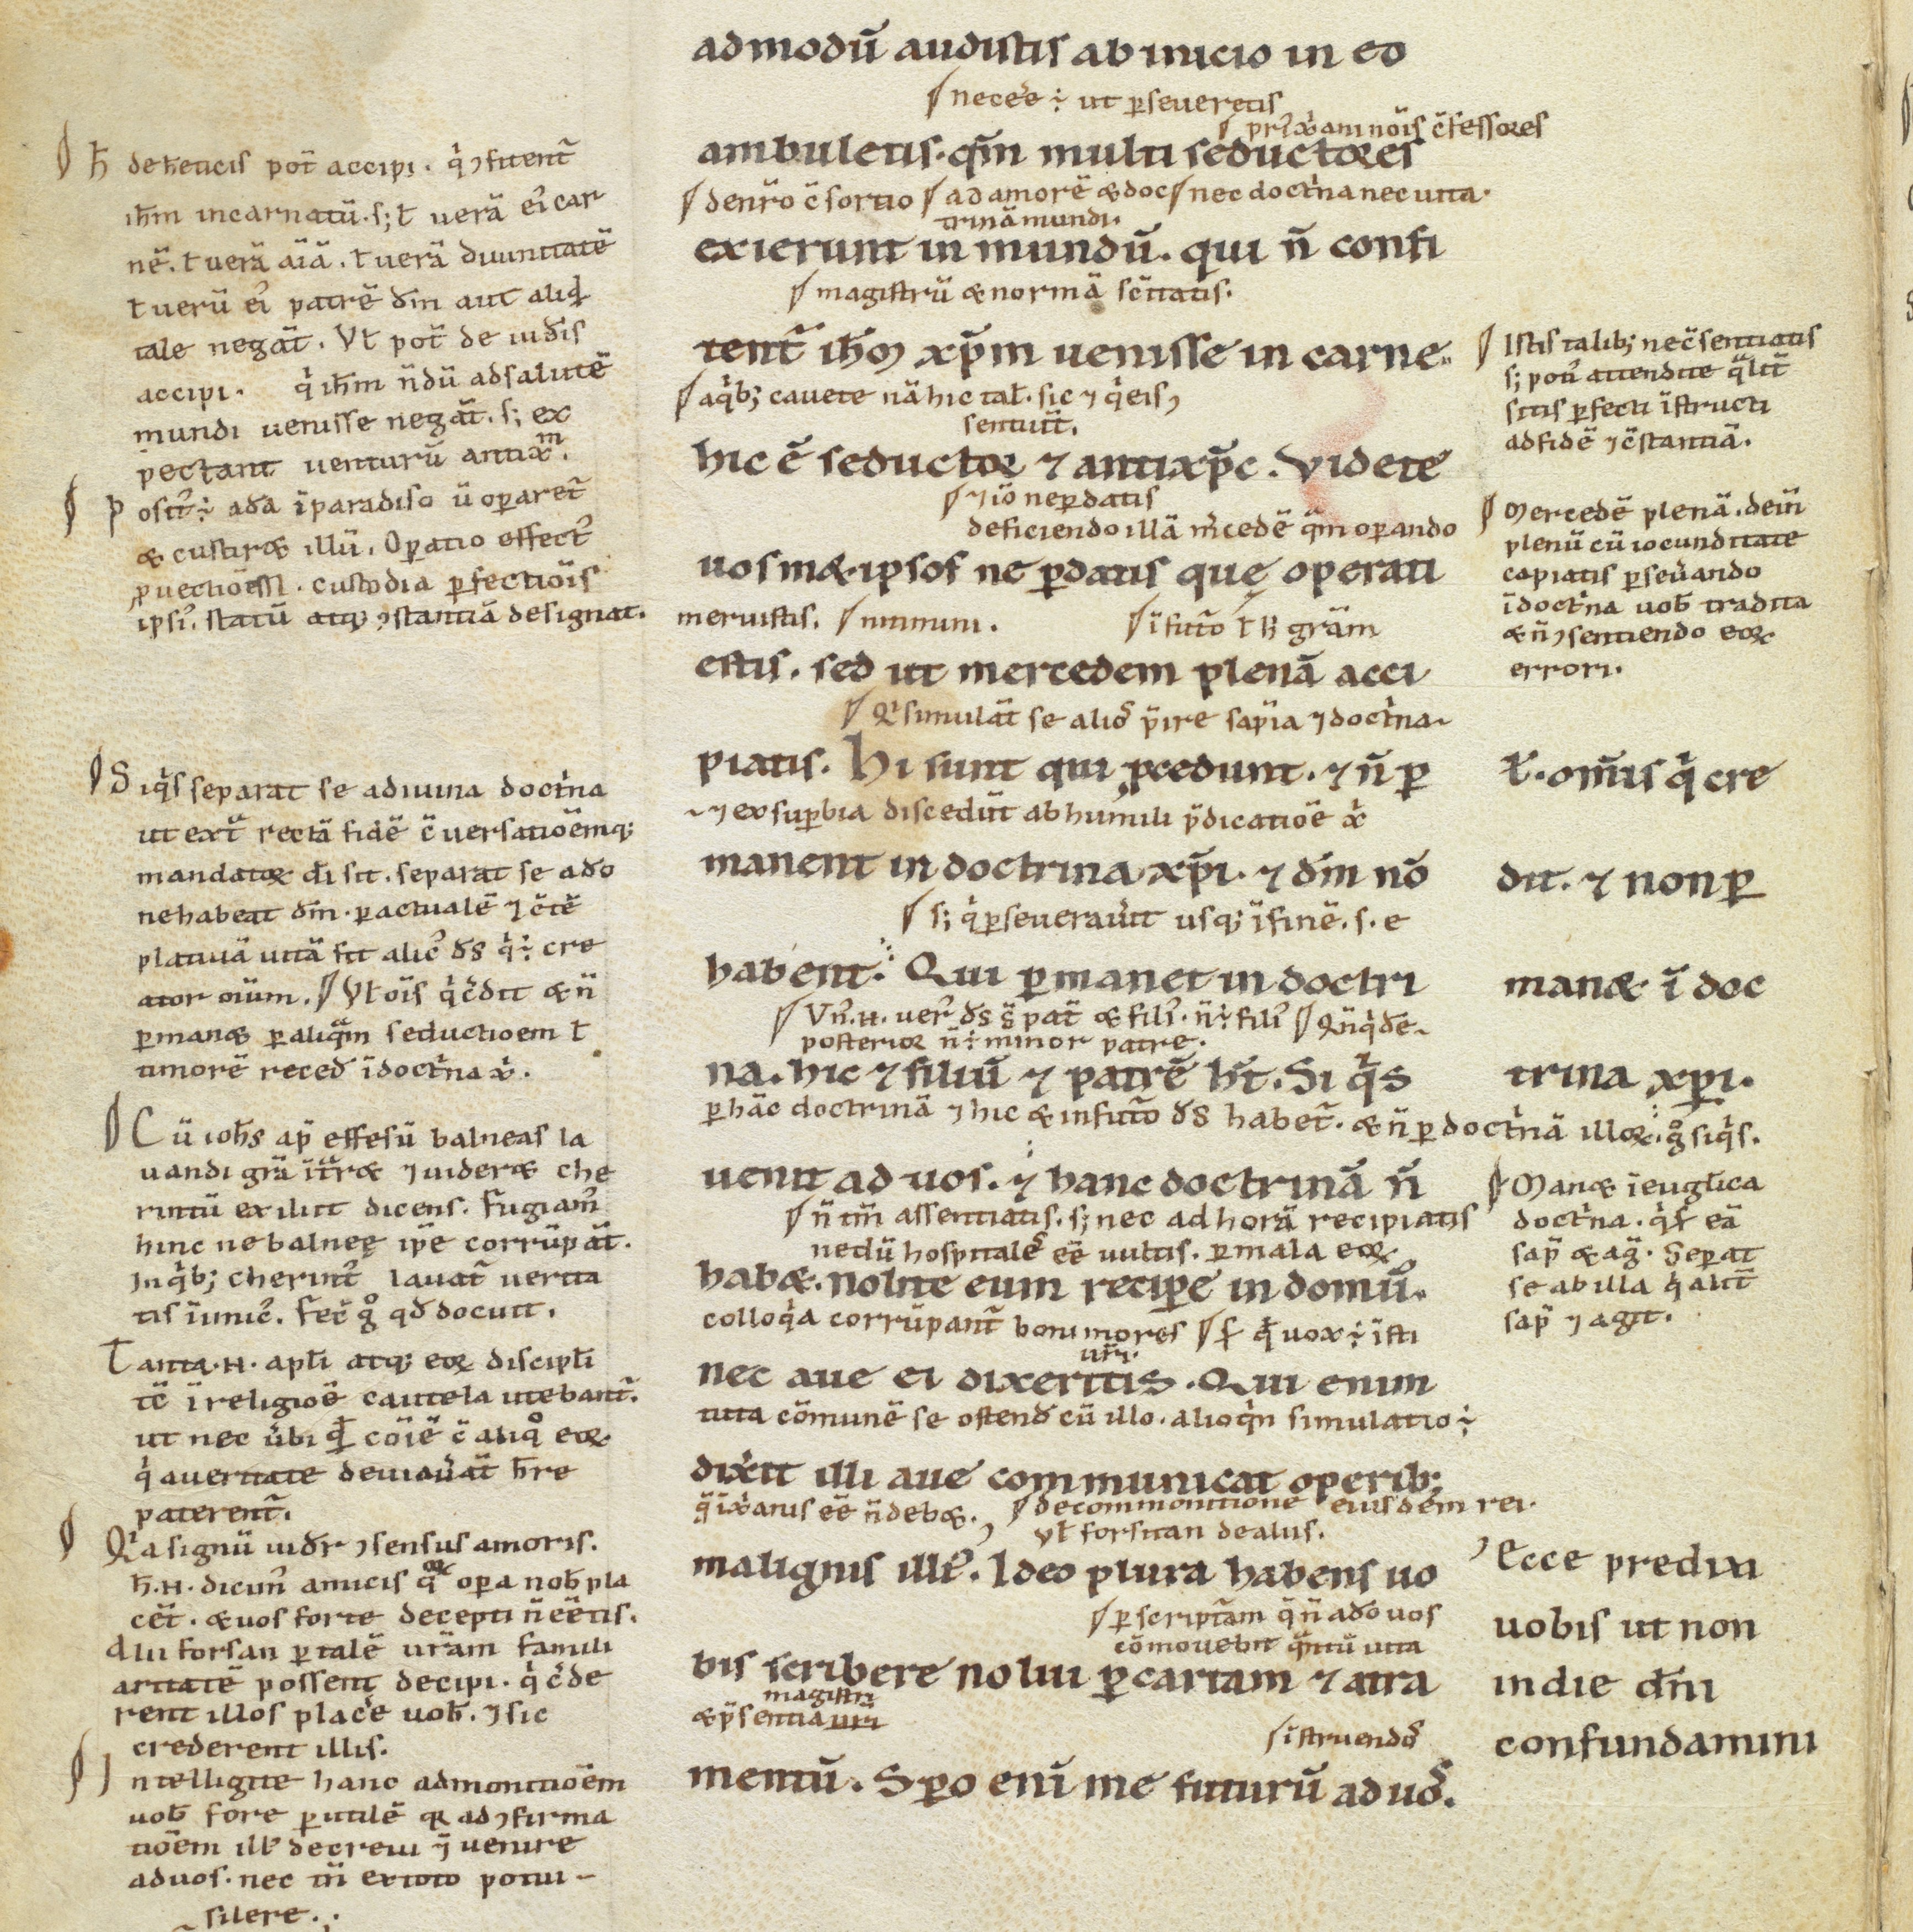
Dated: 1100–1199